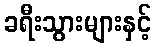
ခရီးသွားများနှင့်